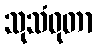
သုသံဝုတာ